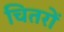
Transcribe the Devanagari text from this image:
चितरों